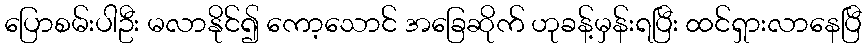
ပြောစမ်းပါဦး မလာနိုင်၍ ကော့သောင် အခြေဆိုက် ဟုခန့်မှန်းရပြီး ထင်ရှားလာနေပြီ